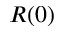
R ( 0 )